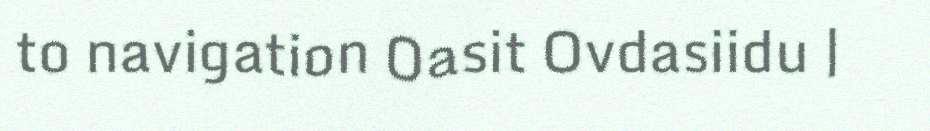
to navigation Oasit Ovdasiidu |